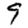
Digit: 9